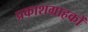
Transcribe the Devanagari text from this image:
प्रकाशग्राहकों